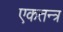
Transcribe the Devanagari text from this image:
एकतन्त्र